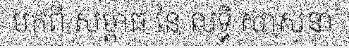
មកពី សម្ពាធ នៃ លទ្ធិ សាសនា